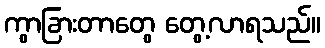
ကွာခြားတာတွေ တွေ့လာရသည်။